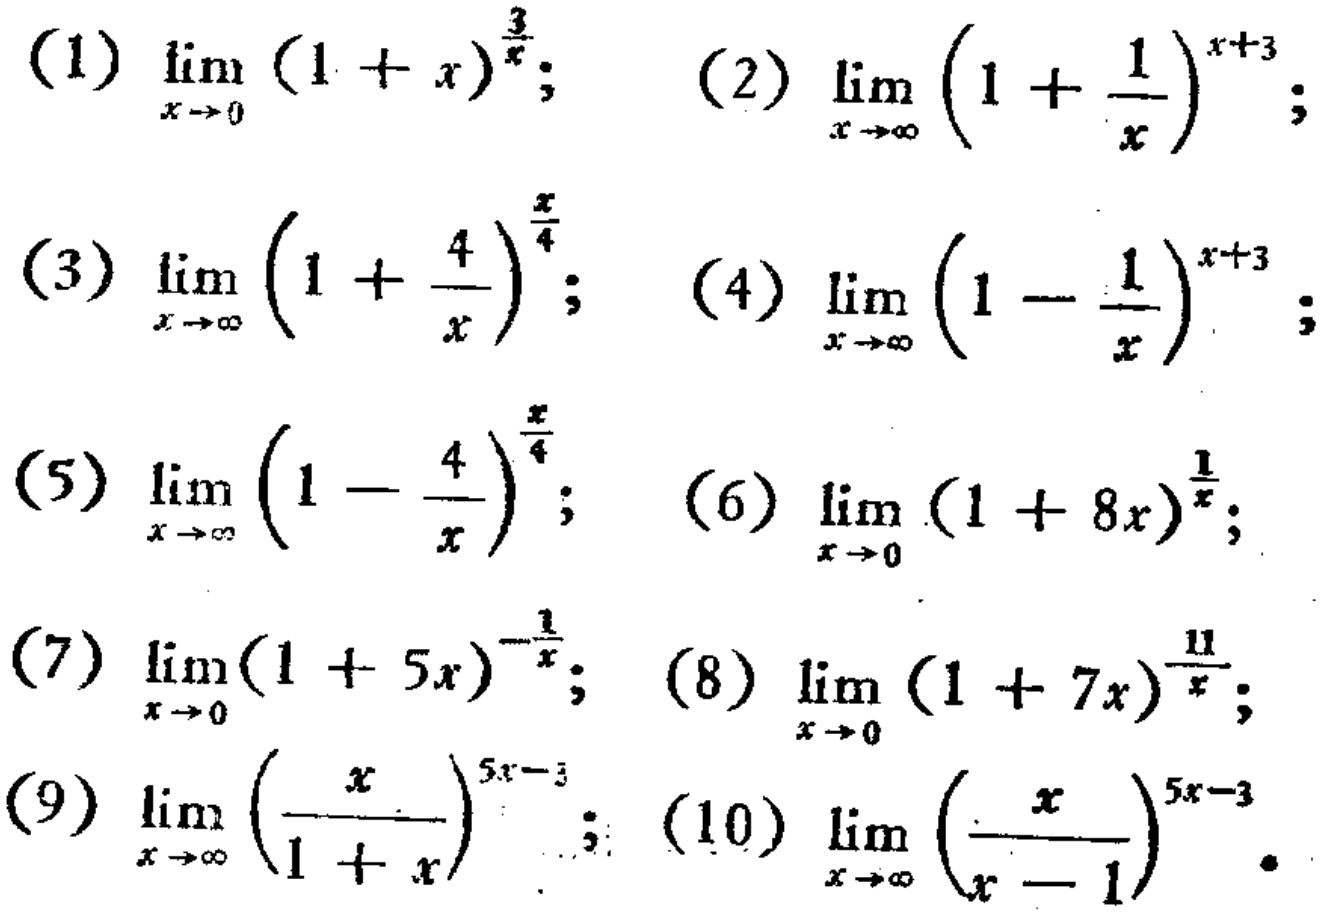
(1) \(\lim_{x \to 0} (1 + x)^{\frac{3}{x}}\); (2) \(\lim_{x \to \infty} \left(1 + \frac{1}{x}\right)^{x + 3}\);
(3) \(\lim_{x \to \infty} \left(1 + \frac{4}{x}\right)^{\frac{x}{4}}\); (4) \(\lim_{x \to \infty} \left(1 - \frac{1}{x}\right)^{x + 3}\);
(5) \(\lim_{x \to \infty} \left(1 - \frac{4}{x}\right)^{\frac{x}{4}}\); (6) \(\lim_{x \to 0} (1 + 8x)^{\frac{1}{x}}\);
(7) \(\lim_{x \to 0} (1 + 5x)^{-\frac{1}{x}}\); (8) \(\lim_{x \to 0} (1 + 7x)^{\frac{11}{x}}\);
(9) \(\lim_{x \to \infty} \left(\frac{x}{1 + x}\right)^{5x - 3}\); (10) \(\lim_{x \to \infty} \left(\frac{x}{x - 1}\right)^{5x - 3}\).